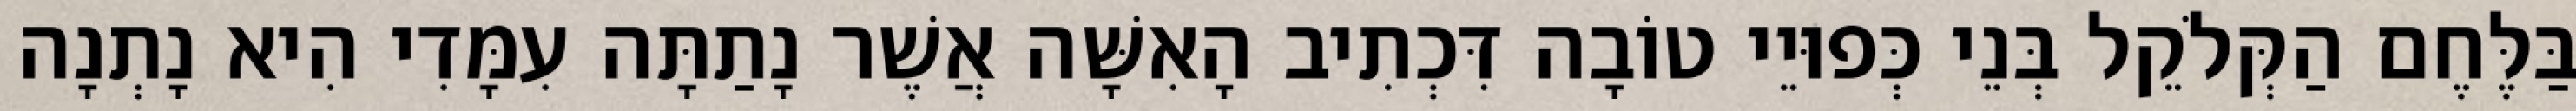
בַּלֶּחֶם הַקְּלֹקֵל בְּנֵי כְּפוּיֵי טוֹבָה דִּכְתִיב הָאִשָּׁה אֲשֶׁר נָתַתָּה עִמָּדִי הִיא נָתְנָה